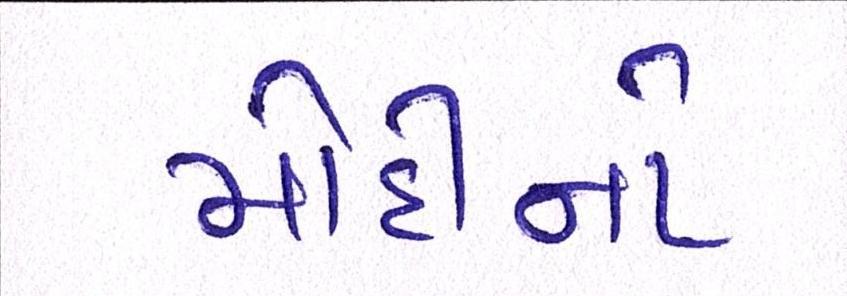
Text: મોદીનો